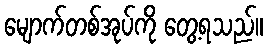
မျောက်တစ်အုပ်ကို တွေ့ရသည်။